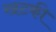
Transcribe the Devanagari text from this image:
खटकी